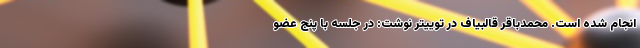
انجام شده است. محمدباقر قالبیاف در توییتر نوشت: در جلسه با پنج عضو